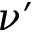
\nu ^ { \prime }